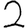
Digit: 2